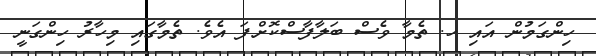
ހިންގަމުން އައި ހ. ތެމާ ވެސް ބަލާފާސްކޮށްފަ އެވެ. ތެމާގައި މިހާރު ހިންގަނީ